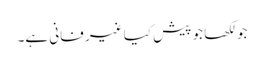
جو لکھا جو پیش کیا غیر فانی ہے۔